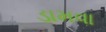
ડામવા